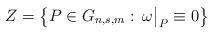
LaTeX: \begin{align*}Z= \left\{ P\in G_{n,s,m} \,\colon \, \omega\big|_{P} \equiv 0 \right\}\end{align*}